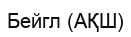
Бейгл (АҚШ)